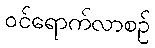
ဝင်ရောက်လာစဉ်